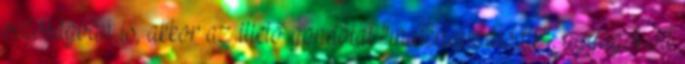
valóságban is, akkor az illető gondolat "materializálódik", agyagot ölt